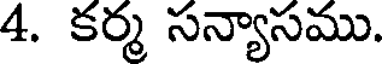
4. కర్మ సన్యాసము.